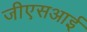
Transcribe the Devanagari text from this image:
जीएसआई